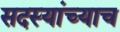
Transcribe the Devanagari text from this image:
सदस्यांच्याच